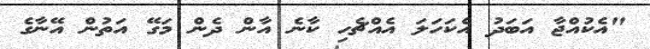
"އެކުއްޖާ އަބަދު އެކަހަލަ އެއްޗެހި ކާނެ އާން ދެން މަގޭ އަތުން އޭނާގެ